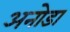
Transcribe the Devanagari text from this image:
अनोडा